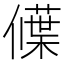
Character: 𬿾